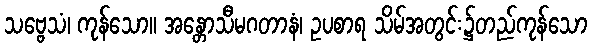
သဗ္ဗေသံ၊ ကုန်သော။ အန္တောသီမဂတာနံ၊ ဥပစာရ သိမ်အတွင်း၌တည်ကုန်သော